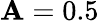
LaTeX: \mathbf{A}=0.5